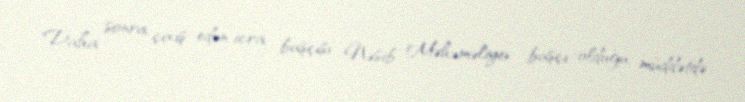
Daha sonra çıxış edən icra başçısı Nəsib Məhəməliyev başçı olduğu müddətdə